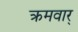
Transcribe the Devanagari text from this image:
क्रमवार्